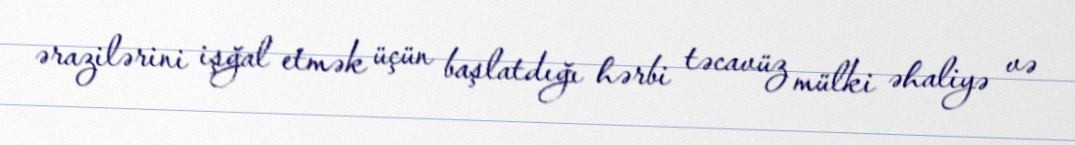
ərazilərini işğal etmək üçün başlatdığı hərbi təcavüz mülki əhaliyə və